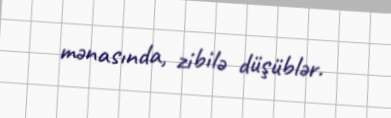
mənasında, zibilə düşüblər.